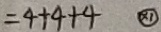
= 4 + 4 + 4 \textcircled { \times 1 }